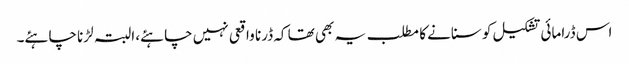
اس ڈرامائی تشکیل کو سنانے کا مطلب یہ بھی تھا کہ ڈرنا واقعی نہیں چاہئے، البتہ لڑنا چاہئے۔